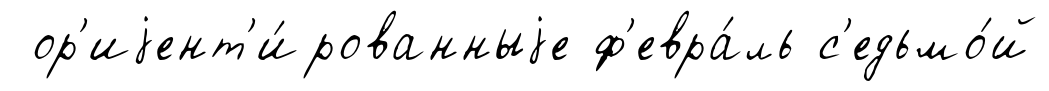
ор'иjент'и́рованныjе ф'евра́ль с'едьмо́й